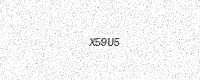
Text: X59U5